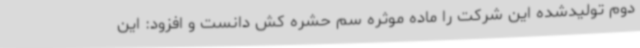
دوم تولیدشده این شرکت را ماده موثره سم حشره کش دانست و افزود: این